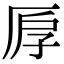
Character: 𠩞